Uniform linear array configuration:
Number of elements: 24
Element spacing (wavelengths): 1
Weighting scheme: hann
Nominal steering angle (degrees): -45
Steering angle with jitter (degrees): -45.828
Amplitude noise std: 0.05
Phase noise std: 0.05

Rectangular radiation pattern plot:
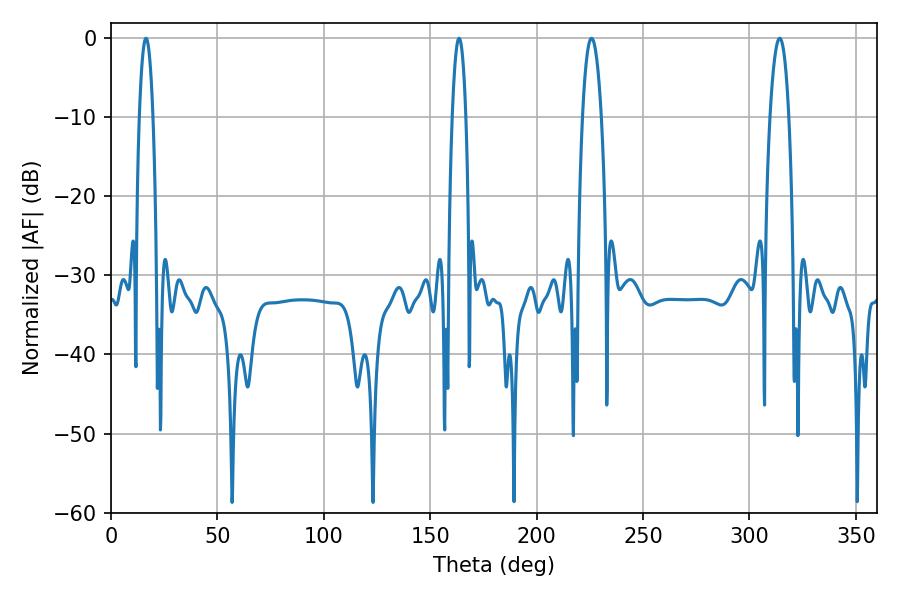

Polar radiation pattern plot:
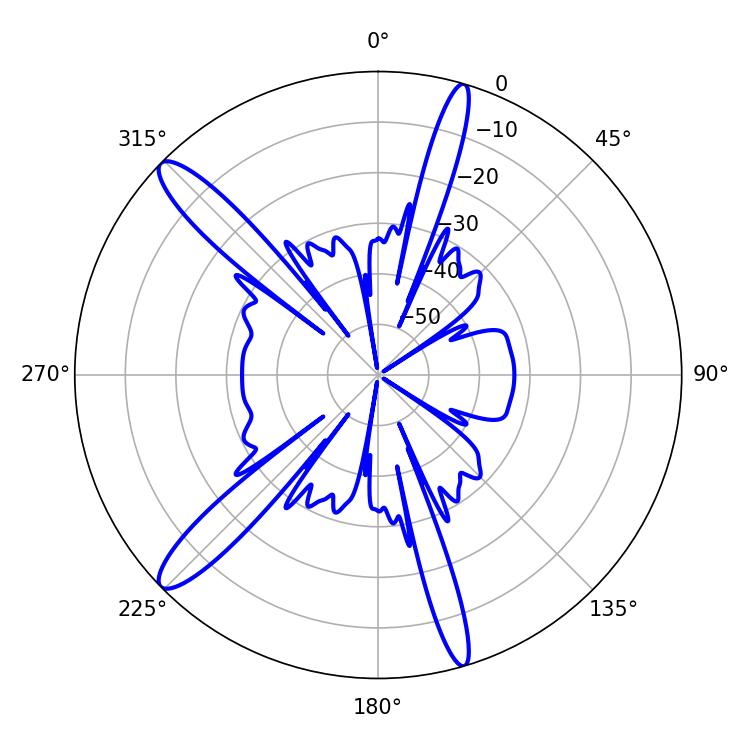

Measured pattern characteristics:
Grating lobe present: TRUE
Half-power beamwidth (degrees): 4.86
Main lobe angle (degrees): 225.72